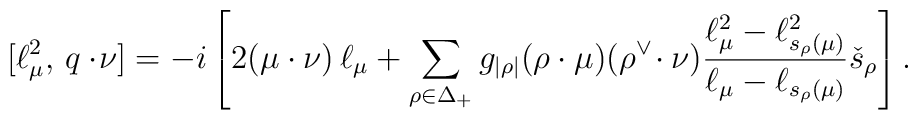
[\ell^2_\mu,\,q\cdot\!\nu]=-i\left[2(\mu\cdot\nu)\, \ell_\mu+\sum_{\rho\in\Delta_+}g_{|\rho|}(\rho\cdot\mu)(\rho^\vee\!\cdot\nu)       \frac{\ell_\mu^2-\ell^2_{s_\rho(\mu)}}     {\ell_\mu-\ell_{s_{\rho}(\mu)}}\check{s}_\rho\right].